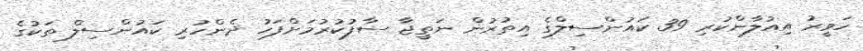
ހަވީރު އިއުލާންކުރި 39 ކައުންސިލްގެ އިތުރުން ނަތީޖާ ސާފުކުރުމަށްފަހު ދެންހުރި ކައުންސިލް ތަކުގެ